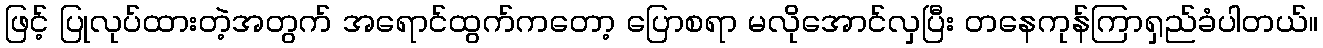
ဖြင့် ပြုလုပ်ထားတဲ့အတွက် အရောင်ထွက်ကတော့ ပြောစရာ မလိုအောင်လှပြီး တနေကုန်ကြာရှည်ခံပါတယ်။